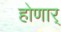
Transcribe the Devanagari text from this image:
होणार्